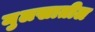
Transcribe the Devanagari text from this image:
मुलखातील